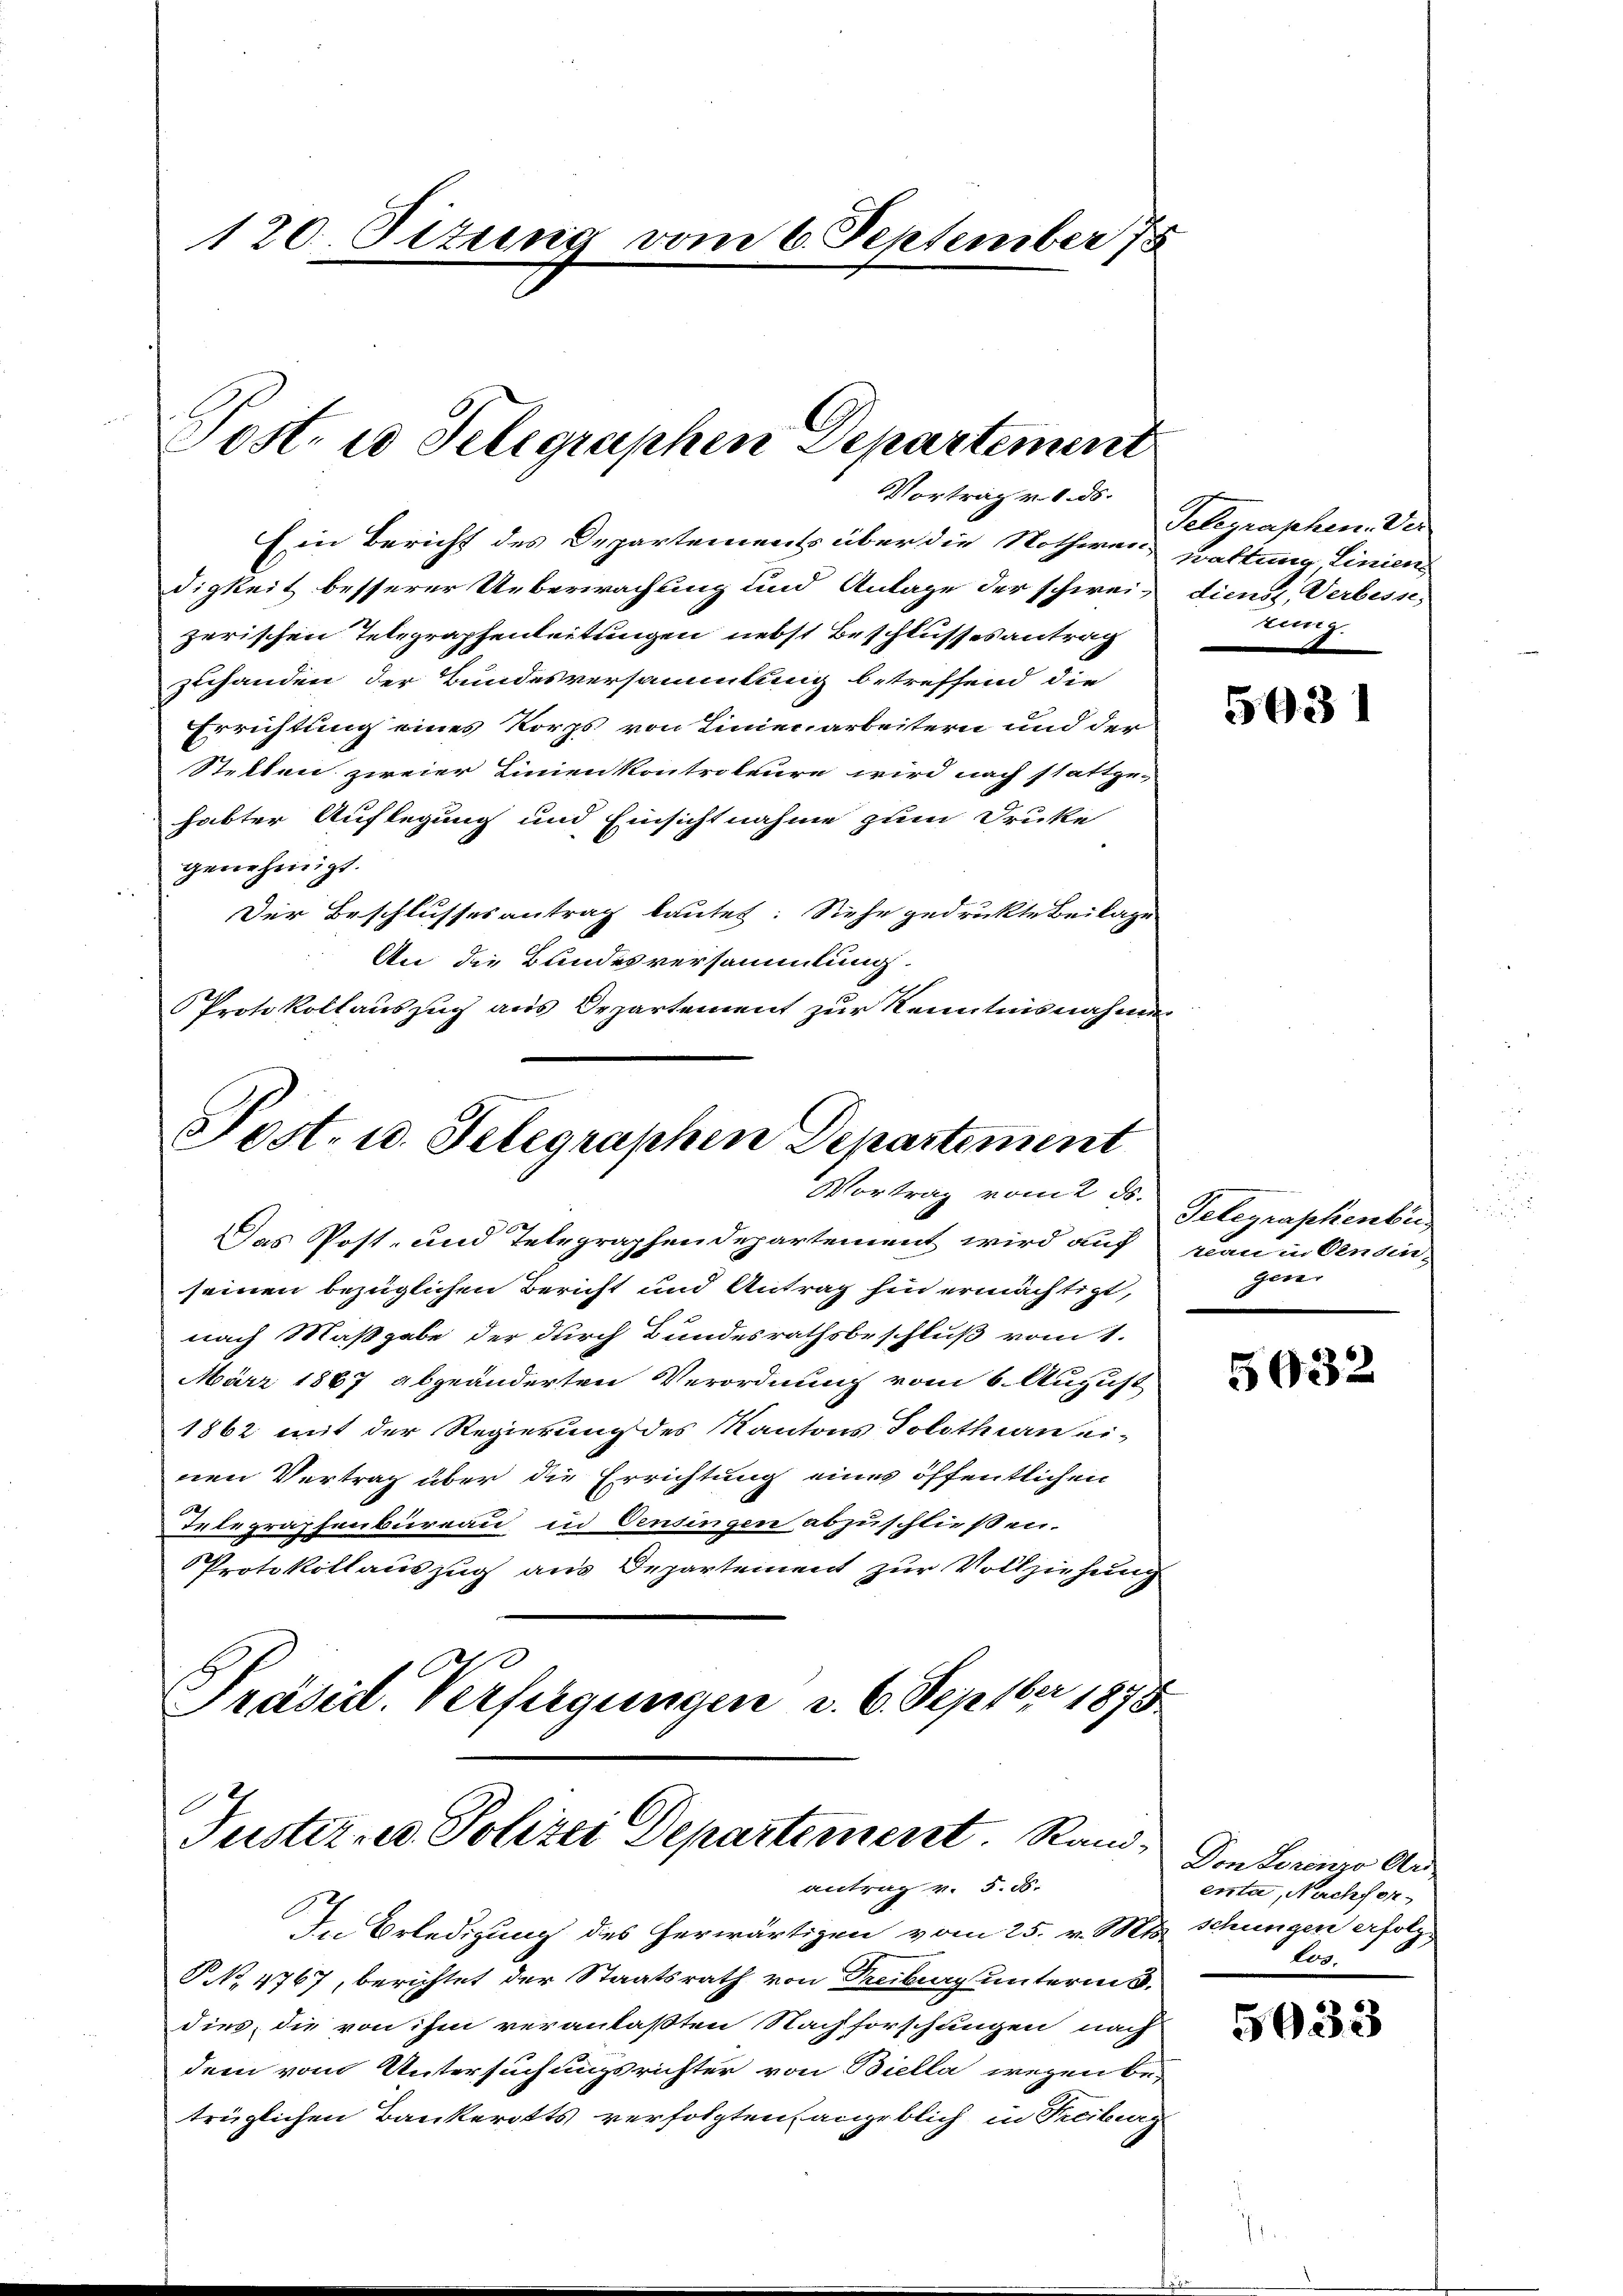
120. Situng vom 6. September 78

Post. es Telegraphen Departement

Ein Bericht des Departements über die Nothwen- Brattung, Linien
digkeit besserer Ueberwachung und Antage der schweiz diens, Verbesse,
zerischen Telegraphenleitungen nebst Beschlussesantrag
zuhanden der Bundesversammlung betreffend die
Errichtung eines Korps von Linienarbeitern und der
Stellen zweier Linien kontroleure wird nach stattge-
habter Auflegung und Einsichtnahme zum Druke
genehmigt.
Der Beschlussesantrag lautet: Siehe gedruckte Beilage
An die Bundesversammlung.
Protokollauszug aus Departement zur Kenntnisnahmen

Vortrag v. 8. ds.

Post. 10. Telegraphen Departement
Vortrag vom 2 ds.

Justiz- u. Polizei Departement. Rand-
antrag v. 5. 58.
In Erledigung des herwärtigen vom 25. v. Mts. schungen erfolg

Das Post- und Telegraphendepartement wird auf man in Censin
seinen bezüglichen Bericht und Antrag fin ermächtigt,
nach Maßgabe der durch Bundesrathsbeschluß vom 1.
März 1867 abgeänderten Verordnung vom 6. August
1862 mit der Regierung des Kantons Solothurn ei-
nen Vertrag über die Errichtung eines öffentlichen
Telegraphenbureau in Censingen abzuschließen.
Protokollauszug aus Departement zur Vollziehung
Präsid. Verfügungen d. 6. Septbr 1878.

NNo. 4767, berichtet der Staatsrath von Freiburg unterm 3.
dies, die von ihm veranlaßten Nachforschungen nach
dem vom Untersuchungsrichter von Biella wegen be-
trüglichen Bankerotts verfolgten angeblich in Treiburg

Telegraphen. Der
tung.

593

Telegraphenbu
gener

5932

Don Lorenzo Ar
enta, Nachforlog.

5033